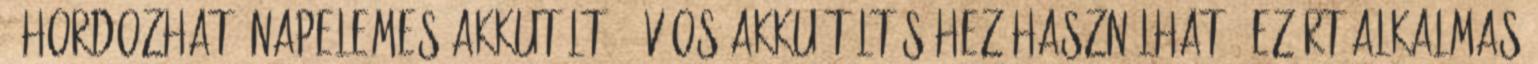
. Hordozható napelemes akkutöltő.12v-os akku töltéséhez használható, ezért alkalmas